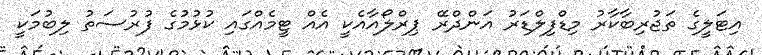
އިޓަލީގެ ތަޖުރިބާކާރު މިޑްފިލްޑަރު އަންދްރޭ ޕިރްލޯއާއެކީ އެއް ޓީމެއްގައި ކުޅުމުގެ ފުރުސަތު ލިބުމަކީ